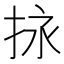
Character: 𢬠